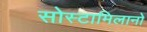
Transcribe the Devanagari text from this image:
सोस्टामिलानो